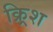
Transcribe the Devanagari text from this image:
क्र्रिश